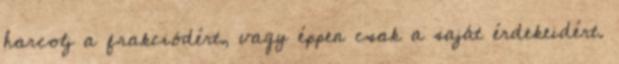
harcolj a frakciódért, vagy éppen csak a saját érdekeidért.